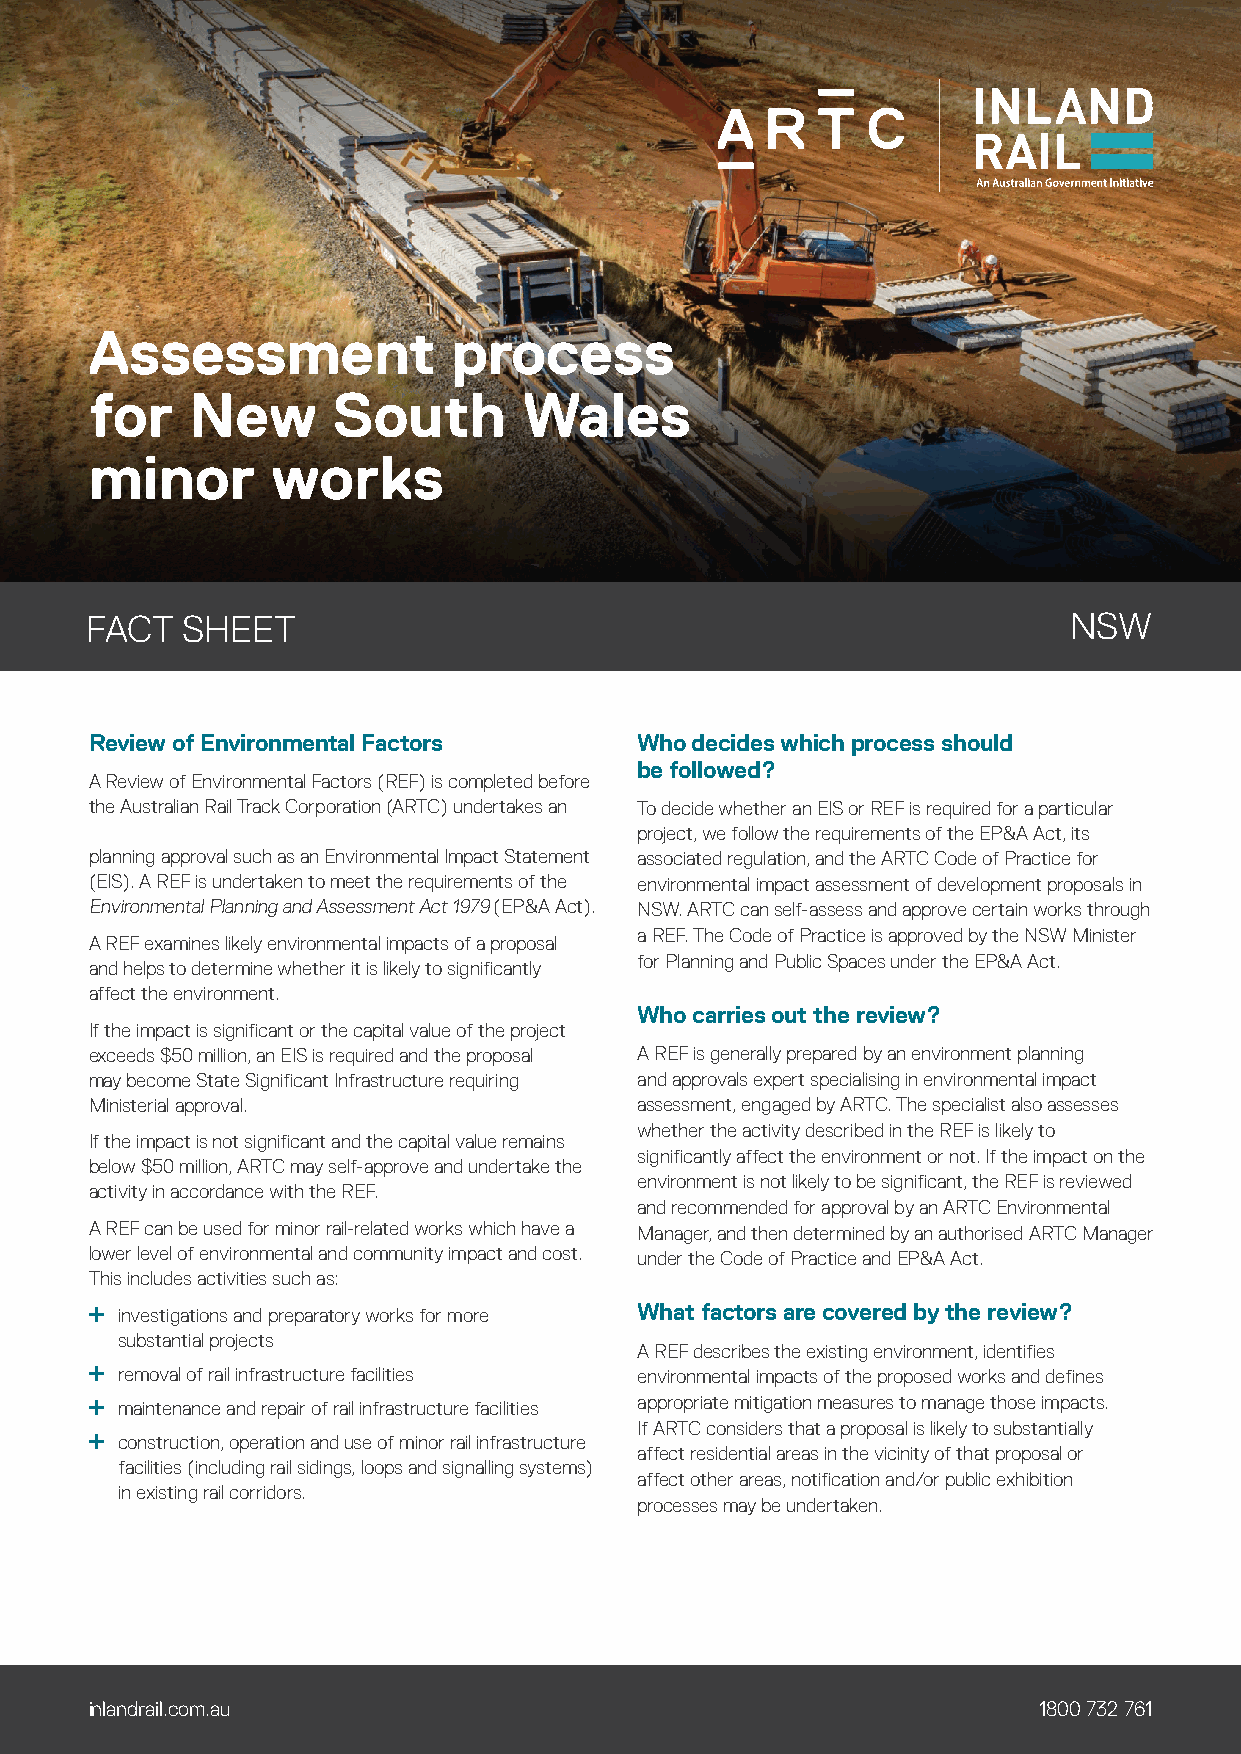
Assessment              process
 for   New       South        Wales
 minor       works
 FACT  SHEET                                                      NSW
 Review of Environmental Factors     Who decides which process should
 be followed?
 A Review of Environmental Factors (REF) is completed before
 the Australian Rail Track Corporation (ARTC) undertakes an To decide whether an EIS or REF is required for a particular
 project, we follow the requirements of the EP&A Act, its
 planning approval such as an Environmental Impact Statement associated regulation, and the ARTC Code of Practice for
 (EIS). A REF is undertaken to meet the requirements of the environmental impact assessment of development proposals in
 Environmental Planning and Assessment Act 1979 (EP&A Act). NSW. ARTC can self-assess and approve certain works through
 a REF. The Code of Practice is approved by the NSW Minister
 A REF examines likely environmental impacts of a proposal
 for Planning and Public Spaces under the EP&A Act.
 and helps to determine whether it is likely to significantly
 affect the environment.
 Who carries out the review?
 If the impact is significant or the capital value of the project
 exceeds $50 million, an EIS is required and the proposal A REF is generally prepared by an environment planning
 may become State Significant Infrastructure requiring and approvals expert specialising in environmental impact
 Ministerial approval.               assessment, engaged by ARTC. The specialist also assesses
 whether the activity described in the REF is likely to
 If the impact is not significant and the capital value remains
 significantly affect the environment or not. If the impact on the
 below $50 million, ARTC may self-approve and undertake the
 environment is not likely to be significant, the REF is reviewed
 activity in accordance with the REF.
 and recommended for approval by an ARTC Environmental
 A REF can be used for minor rail-related works which have a Manager, and then determined by an authorised ARTC Manager
 lower level of environmental and community impact and cost. under the Code of Practice and EP&A Act.
 This includes activities such as:
  investigations and preparatory works for more What factors are covered by the review?
 substantial projects
 A REF describes the existing environment, identifies
  removal of rail infrastructure facilities environmental impacts of the proposed works and defines
  maintenance and repair of rail infrastructure facilities appropriate mitigation measures to manage those impacts.
 If ARTC considers that a proposal is likely to substantially
  construction, operation and use of minor rail infrastructure
 affect residential areas in the vicinity of that proposal or
 facilities (including rail sidings, loops and signalling systems)
 affect other areas, notification and/or public exhibition
 in existing rail corridors.
 processes may be undertaken.
 inlandrail.com.au                                              1800 732 761